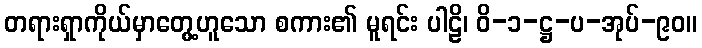
တရားရှာကိုယ်မှာတွေ့ဟူသော စကား၏ မူရင်း ပါဠိ၊ ဝိ-၁-ဋ္ဌ-ပ-အုပ်-၉၀။